画像に写った文字を読んでください
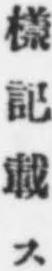
「樣記載ス」と書いてあります